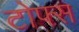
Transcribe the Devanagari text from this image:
टोफ्स